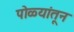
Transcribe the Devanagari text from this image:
पोळ्यांतून